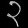
Digit: ၃